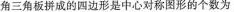
角三角板拼成的四边形是中心对称图形的个数为